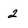
Character: 2